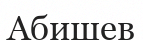
Абишев